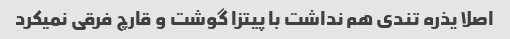
اصلا یذره تندی هم نداشت با پیتزا گوشت و قارچ فرقی نمیکرد